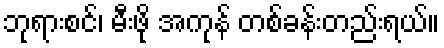
ဘုရားစင်၊ မီးဖို အကုန် တစ်ခန်းတည်းရယ်။